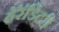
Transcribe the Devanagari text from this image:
हॅरॅडिटरी